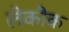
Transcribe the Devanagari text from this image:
लेकौक